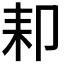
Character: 𦓥